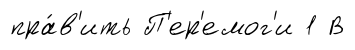
пра́в'ить П'ер'емог'и 1 В